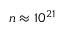
n \approx 1 0 ^ { 2 1 }